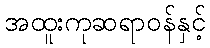
အထူးကုဆရာဝန်နှင့်